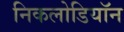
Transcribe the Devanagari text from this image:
निकलोडियॉन